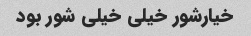
خیارشور خیلی خیلی شور بود